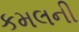
કમલની